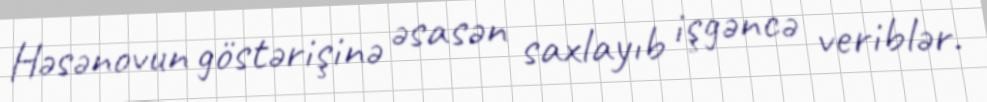
Həsənovun göstərişinə əsasən saxlayıb işgəncə veriblər.